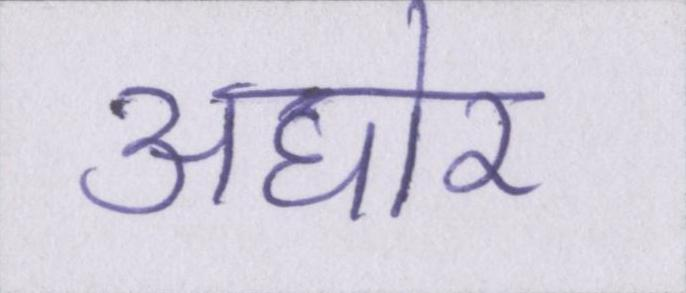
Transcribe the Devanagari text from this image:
अघोर